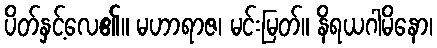
ပိတ်နှင့်လေ၏။ မဟာရာဇ၊ မင်းမြတ်။ နိရယဂါမိနော၊